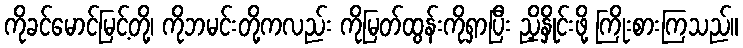
ကိုခင်မောင်မြင့်တို့၊ ကိုဘမင်းတို့ကလည်း ကိုမြတ်ထွန်းကိုရှာပြီး ညှိနှိုင်းဖို့ ကြိုးစားကြသည်။